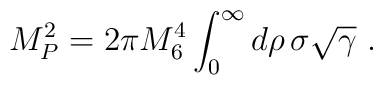
M_P^2=2\pi M_6^4\int_0^\infty d\rho\, \sigma\sqrt\gamma\ .